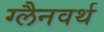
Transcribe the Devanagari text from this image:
ग्लैनवर्थ